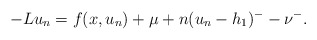
\begin{align*}-Lu_{n}=f(x,u_{n})+\mu+ n(u_{n}-h_{1})^{-}-\nu^{-}.\end{align*}